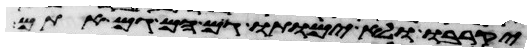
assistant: יקרבו ולא ימותו גם הם גם אתם